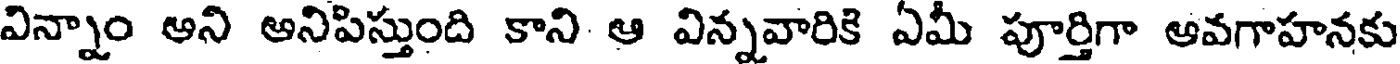
విన్నాం అని అనిపిస్తుంది కాని ఆ విన్నవారికి ఏమీ పూర్తిగా ఆవగాహనకు